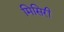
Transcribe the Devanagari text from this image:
मिसिरी